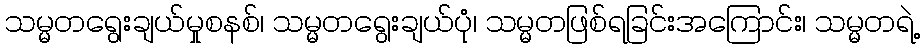
သမ္မတရွေးချယ်မှုစနစ်၊ သမ္မတရွေးချယ်ပုံ၊ သမ္မတဖြစ်ရခြင်းအကြောင်း၊ သမ္မတရဲ့